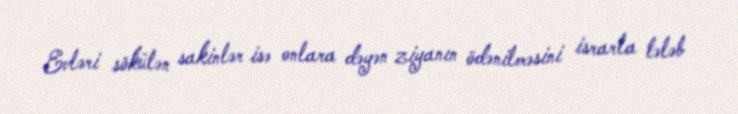
Evləri sökülən sakinlər isə onlara dəyən ziyanın ödənilməsini israrla tələb